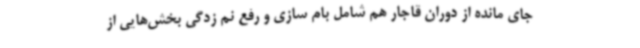
جای مانده از دوران قاجار هم شامل بام سازی و رفع نم زدگی بخش‌هایی از